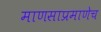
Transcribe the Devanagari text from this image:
माणसाप्रमाणेच